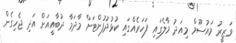
ވަޒީރު މައުސޫމް މިއަދު މާލެގައި ފަހަރެއްގައި ކުޅުދުފުށްޓަށް މާދަމާ ދުބާއީއަށް އަދި ޖެހިގެން